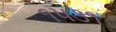
૧૫૩૧